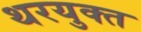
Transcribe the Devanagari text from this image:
थरयुक्त